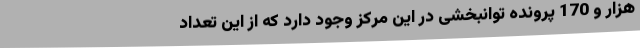
هزار و 170 پرونده توانبخشی در این مرکز وجود دارد که از این تعداد